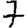
Digit: 7